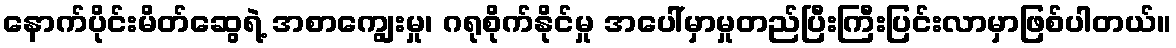
နောက်ပိုင်းမိတ်ဆွေရဲ့ အစာကျွေးမှု၊ ဂရုစိုက်နိုင်မှု အပေါ်မှာမှုတည်ပြီးကြီးပြင်းလာမှာဖြစ်ပါတယ်။